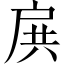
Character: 𢩉